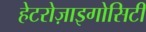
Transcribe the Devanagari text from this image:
हेटरोज़ाइगोसिटी